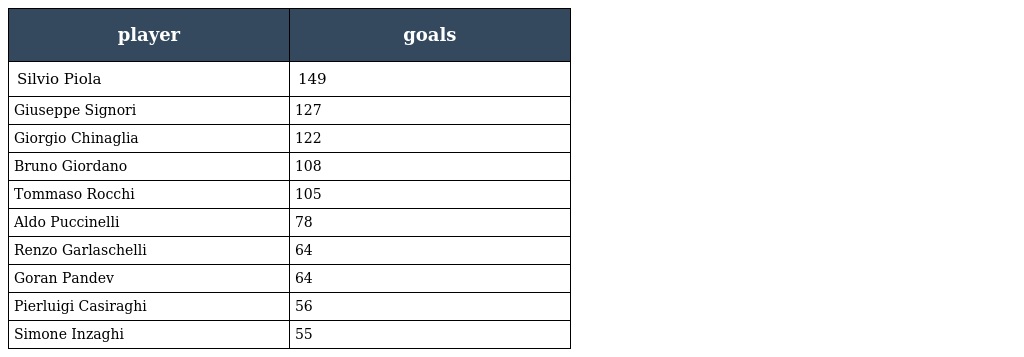
| player | goals |
 | --- | --- |
 | Silvio Piola | 149 |
 | Giuseppe Signori | 127 |
 | Giorgio Chinaglia | 122 |
 | Bruno Giordano | 108 |
 | Tommaso Rocchi | 105 |
 | Aldo Puccinelli | 78 |
 | Renzo Garlaschelli | 64 |
 | Goran Pandev | 64 |
 | Pierluigi Casiraghi | 56 |
 | Simone Inzaghi | 55 |